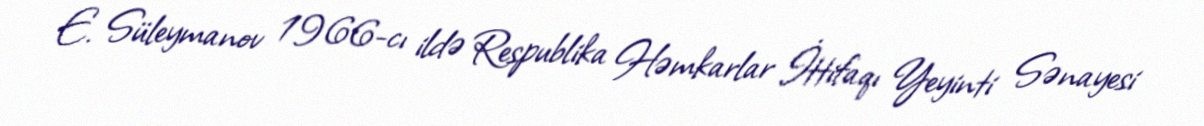
E. Süleymanov 1966-cı ildə Respublika Həmkarlar İttifaqı Yeyinti Sənayesi